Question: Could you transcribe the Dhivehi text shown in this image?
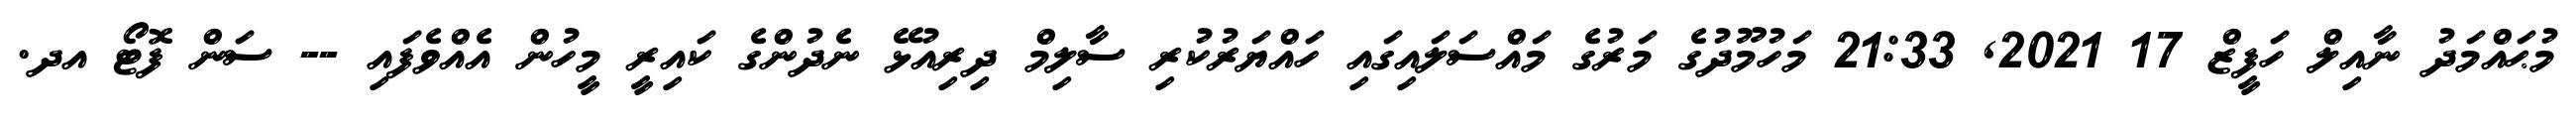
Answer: މުޙައްމަދު ނާއިލް ހަފީޒް 17 2021, 21:33 މަހުމޫދުގެ މަރުގެ މައްސަލައިގައި ހައްޔަރުކުރި ސާލިމް ދިރިއުޅޭ ނެދުންގެ ކައިރީ މީހުން އެއްވެފައި -- ސަން ފޮޓޯ އދ.